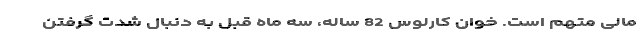
مالی متهم است. خوان کارلوس 82 ساله، سه ماه قبل به دنبال شدت گرفتن